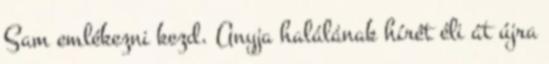
Sam emlékezni kezd. Anyja halálának hírét éli át újra